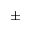
\pm